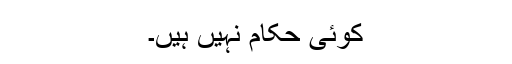
کوئی حکام نہیں ہیں۔